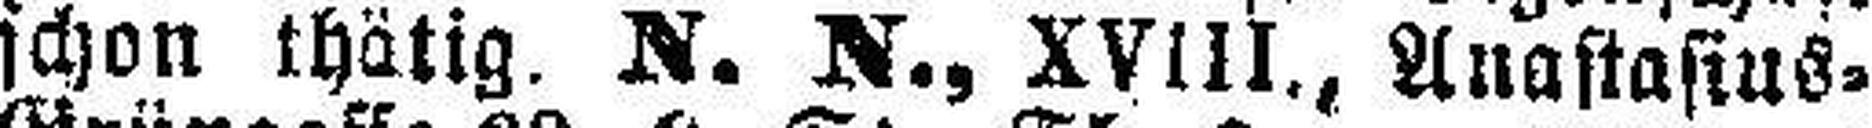
schon thätig. N. N., XVIII., Anastasius=